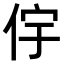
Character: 𫢝